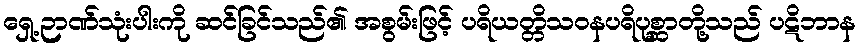
ရှေ့ဉာဏ်သုံးပါးကို ဆင်ခြင်သည်၏ အစွမ်းဖြင့် ပရိယတ္တိသဝနပရိပုစ္ဆာတို့သည် ပဋိဘာန